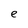
Character: e